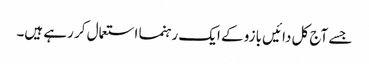
جسے آج کل دائیں بازو کے ایک رہنما استعمال کر رہے ہیں۔